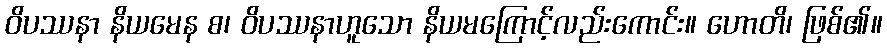
ဝိပဿနာ နိယမေန စ၊ ဝိပဿနာဟူသော နိယမကြောင့်လည်းကောင်း။ ဟောတိ၊ ဖြစ်၏။